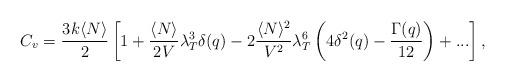
LaTeX: \begin{align*}C_v=\frac{3k\langle N\rangle}{2}\left[ 1+\frac{\langle N\rangle}{2V}\lambda_T^3\delta(q)-2\frac{\langle N\rangle^2}{V^2}\lambda_T^6\left(4\delta^2(q)-\frac{\Gamma(q)}{12}\right)+...\right],\end{align*}